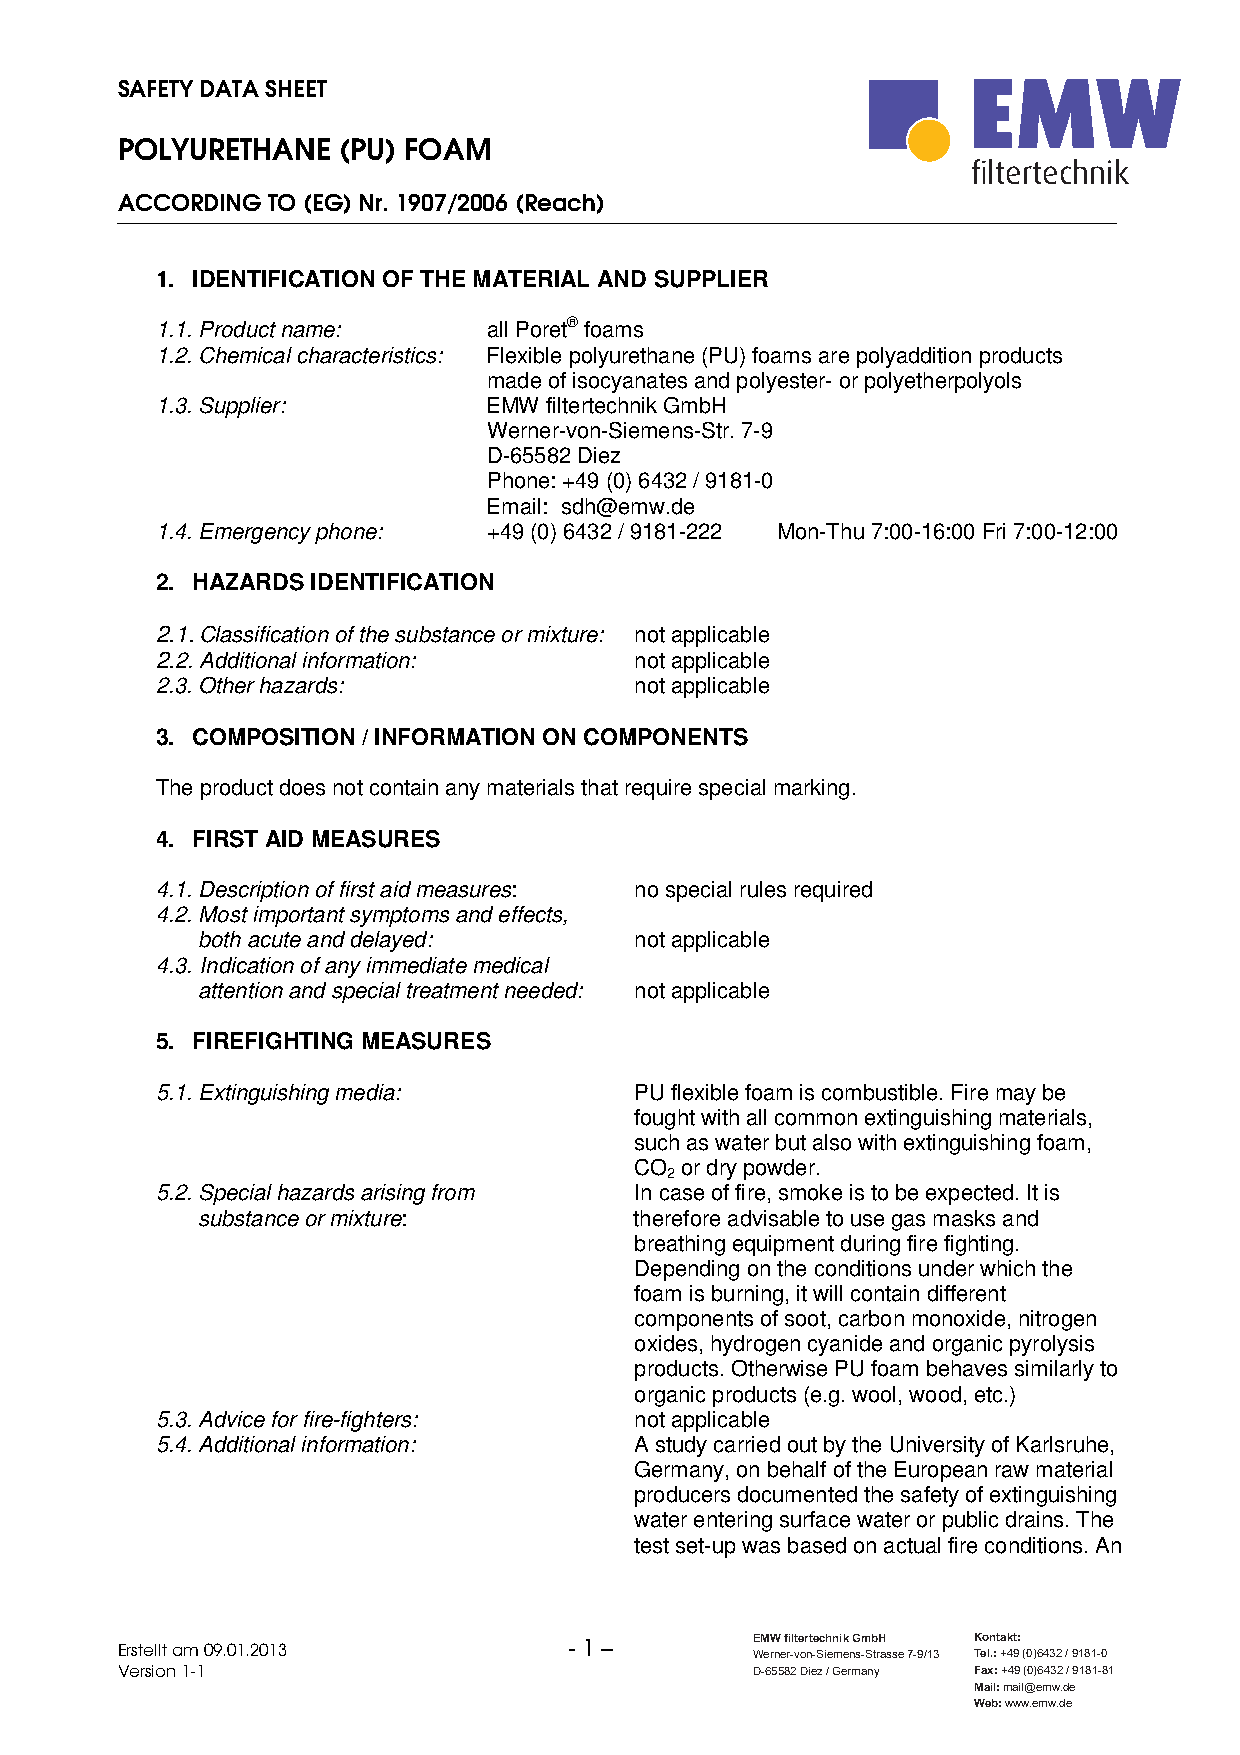
SAFETY DATA SHEET
 POLYURETHANE  (PU) FOAM
 filtertechnik
 ACCORDING TO (EG) Nr. 1907/2006 (Reach)
 1. IDENTIFICATION OF THE MATERIAL AND SUPPLIER
 1.1. Product name:    all Poret® foams
 1.2. Chemical characteristics: Flexible polyurethane (PU) foams are polyaddition products
 made of isocyanates and polyester- or polyetherpolyols
 1.3. Supplier:        EMW filtertechnik GmbH
 Werner-von-Siemens-Str. 7-9
 D-65582 Diez
 Phone: +49 (0) 6432 / 9181-0
 Email: sdh@emw.de
 1.4. Emergency phone: +49 (0) 6432 / 9181-222 Mon-Thu 7:00-16:00 Fri 7:00-12:00
 2. HAZARDS IDENTIFICATION
 2.1. Classification of the substance or mixture: not applicable
 2.2. Additional information:    not applicable
 2.3. Other hazards:             not applicable
 3. COMPOSITION / INFORMATION ON COMPONENTS
 The product does not contain any materials that require special marking.
 4. FIRST AID MEASURES
 4.1. Description of first aid measures: no special rules required
 4.2. Most important symptoms and effects,
 both acute and delayed:      not applicable
 4.3. Indication of any immediate medical
 attention and special treatment needed: not applicable
 5. FIREFIGHTING MEASURES
 5.1. Extinguishing media:       PU flexible foam is combustible. Fire may be
 fought with all common extinguishing materials,
 such as water but also with extinguishing foam,
 CO or dry powder.
 2
 5.2. Special hazards arising from In case of fire, smoke is to be expected. It is
 substance or mixture:        therefore advisable to use gas masks and
 breathing equipment during fire fighting.
 Depending on the conditions under which the
 foam is burning, it will contain different
 components of soot, carbon monoxide, nitrogen
 oxides, hydrogen cyanide and organic pyrolysis
 products. Otherwise PU foam behaves similarly to
 organic products (e.g. wool, wood, etc.)
 5.3. Advice for fire-fighters:  not applicable
 5.4. Additional information:    A study carried out by the University of Karlsruhe,
 Germany, on behalf of the European raw material
 producers documented the safety of extinguishing
 water entering surface water or public drains. The
 test set-up was based on actual fire conditions. An
 Erstellt am 09.01.2013        - 1 –       EMW filtertechnik GmbH Kontakt:
 Werner-von-Siemens-Strasse 7-9/13 Tel.: +49 (0)6432 / 9181-0
 Version 1-1                               D-65582 Diez / Germany Fax: +49 (0)6432 / 9181-81
 Mail: mail@emw.de
 Web: www.emw.de